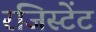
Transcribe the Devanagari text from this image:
रजिस्टेंट